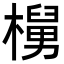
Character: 𬄵